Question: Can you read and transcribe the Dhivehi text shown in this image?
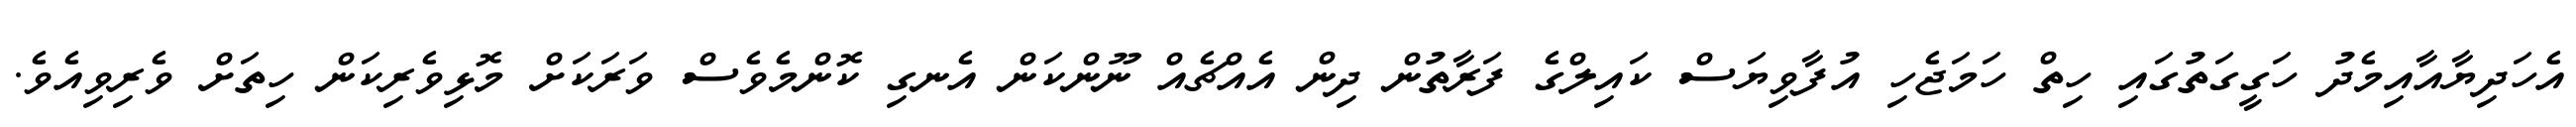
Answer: އެހަދިޔާއާއިމެދު ހަގީގަތުގައި ހިތް ހަމަޖެހި އުފާވިޔަސް ކައިލްގެ ފަރާތުން ދިން އެއްޗެއް ނޫންކަން އެނގި ކޮންމެވެސް ވަރަކަށް މޮޅިވެރިކަން ހިތަށް ވެރިވިއެވެ.